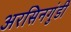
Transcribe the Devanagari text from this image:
अरसिनगुंडी